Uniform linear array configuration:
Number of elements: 64
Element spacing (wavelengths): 1
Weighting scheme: cosine
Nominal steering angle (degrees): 45
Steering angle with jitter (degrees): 45.976
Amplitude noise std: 0.05
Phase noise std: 0.05

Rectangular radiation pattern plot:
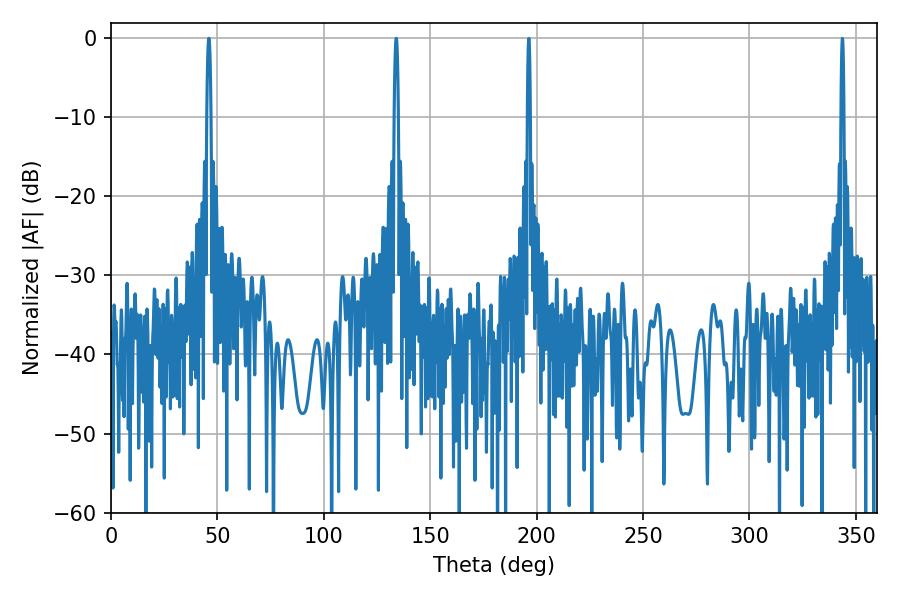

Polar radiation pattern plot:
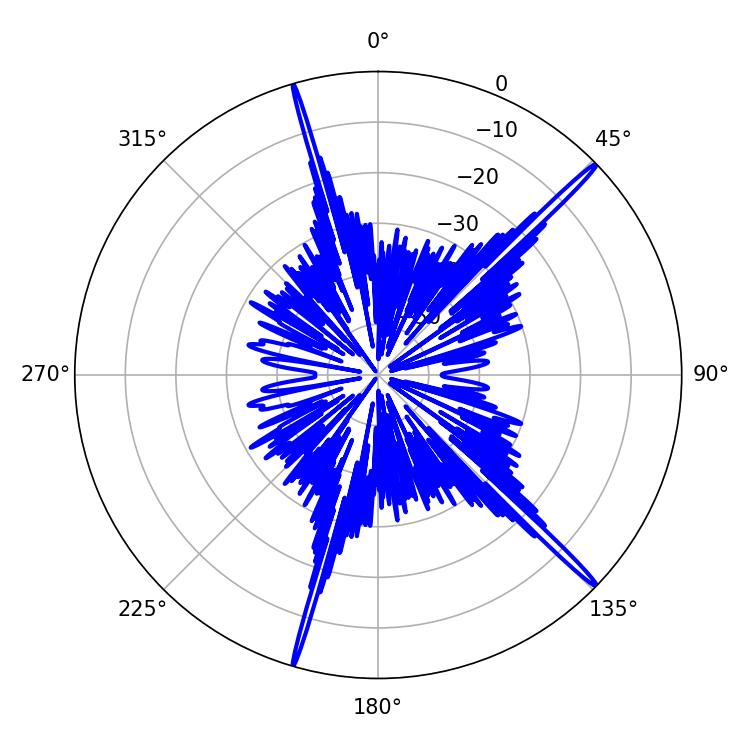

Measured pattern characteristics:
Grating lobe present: TRUE
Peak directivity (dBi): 19.282
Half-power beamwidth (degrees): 0.9
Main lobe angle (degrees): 45.9